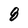
Character: 8